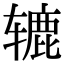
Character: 辘